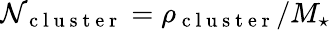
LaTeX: \mathcal{N}_{\mathrm{{~c~l~u~s~t~e~r~}}}=\rho_{\mathrm{{~c~l~u~s~t~e~r~}}}/M_{\star}